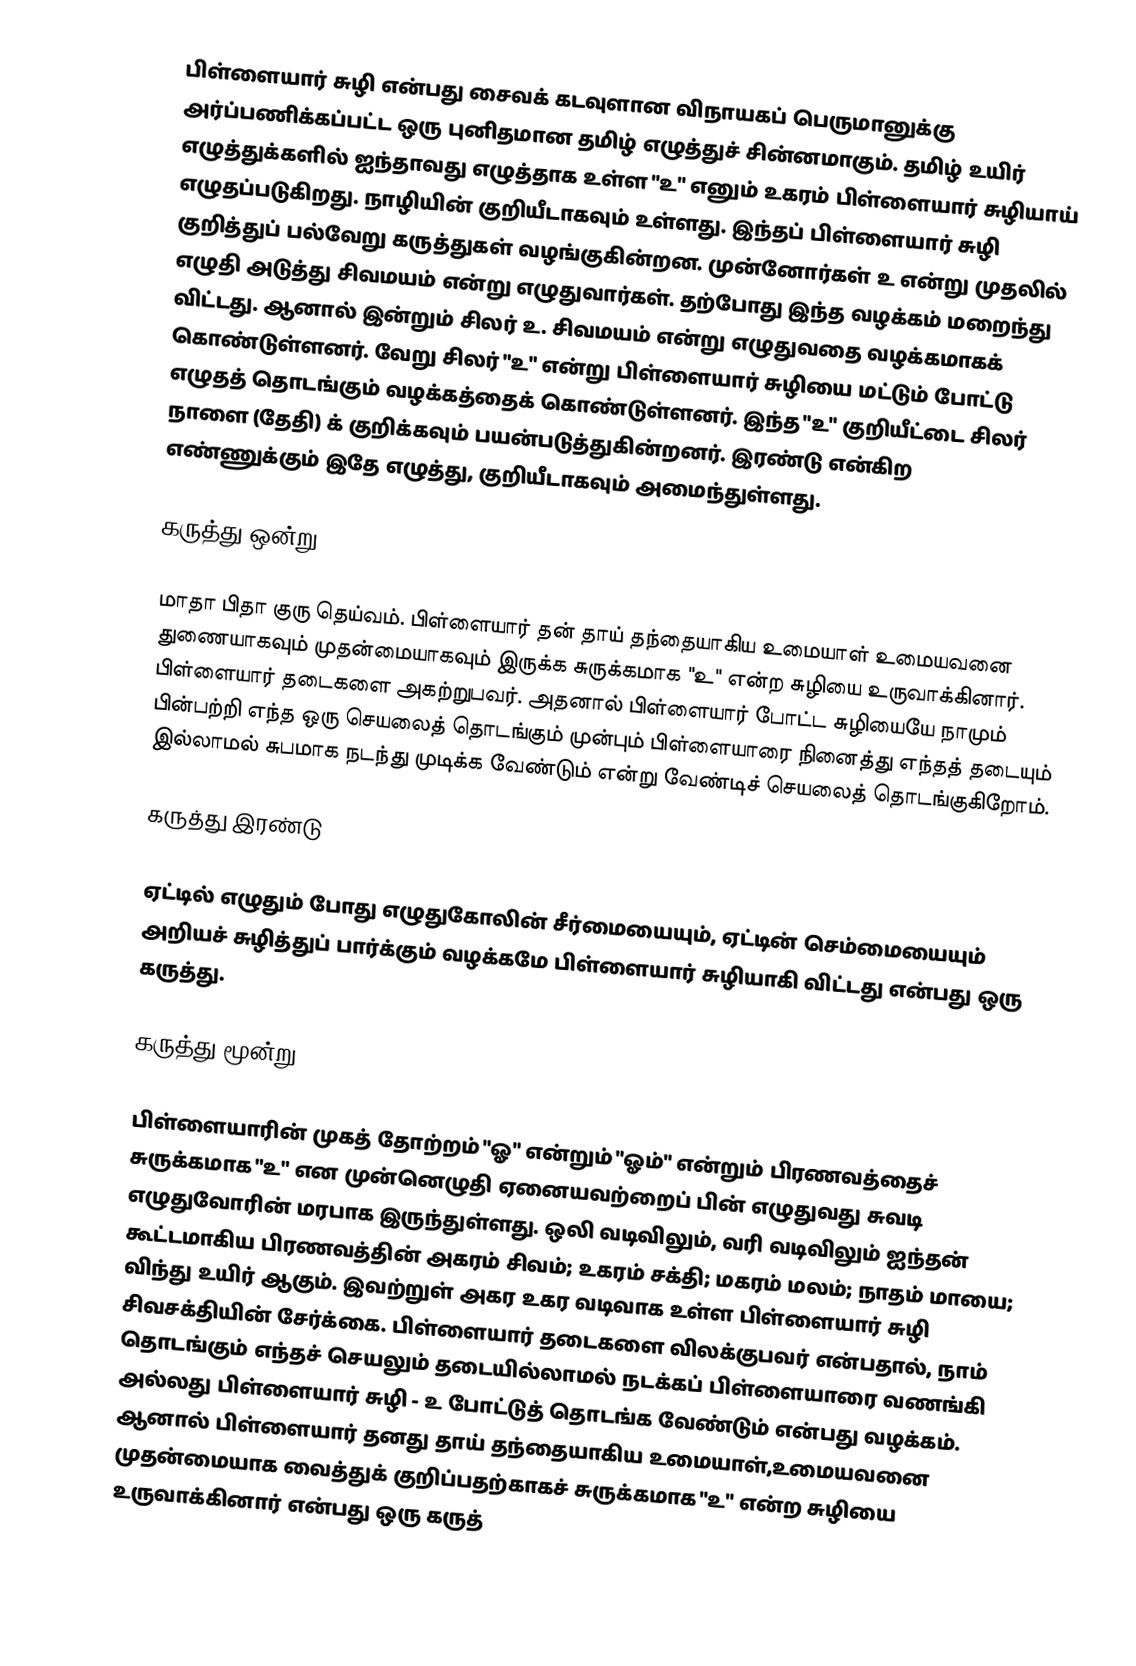
பிள்ளையார் சுழி என்பது சைவக் கடவுளான விநாயகப் பெருமானுக்கு அர்ப்பணிக்கப்பட்ட ஒரு புனிதமான தமிழ் எழுத்துச் சின்னமாகும். தமிழ் உயிர் எழுத்துக்களில் ஐந்தாவது எழுத்தாக உள்ள "உ" எனும் உகரம் பிள்ளையார் சுழியாய் எழுதப்படுகிறது. நாழியின் குறியீடாகவும் உள்ளது. இந்தப் பிள்ளையார் சுழி குறித்துப் பல்வேறு கருத்துகள் வழங்குகின்றன. முன்னோர்கள் உ என்று முதலில் எழுதி அடுத்து சிவமயம் என்று எழுதுவார்கள். தற்போது இந்த வழக்கம் மறைந்து விட்டது. ஆனால் இன்றும் சிலர் உ. சிவமயம் என்று எழுதுவதை வழக்கமாகக் கொண்டுள்ளனர். வேறு சிலர் "உ" என்று பிள்ளையார் சுழியை மட்டும் போட்டு எழுதத் தொடங்கும் வழக்கத்தைக் கொண்டுள்ளனர். இந்த "உ" குறியீட்டை சிலர் நாளை (தேதி) க் குறிக்கவும் பயன்படுத்துகின்றனர். இரண்டு என்கிற எண்ணுக்கும் இதே எழுத்து, குறியீடாகவும் அமைந்துள்ளது.

கருத்து ஒன்று

மாதா பிதா குரு தெய்வம். பிள்ளையார் தன் தாய் தந்தையாகிய உமையாள் உமையவனை துணையாகவும் முதன்மையாகவும் இருக்க சுருக்கமாக "உ" என்ற சுழியை உருவாக்கினார். பிள்ளையார் தடைகளை அகற்றுபவர். அதனால் பிள்ளையார் போட்ட சுழியையே நாமும் பின்பற்றி எந்த ஒரு செயலைத் தொடங்கும் முன்பும் பிள்ளையாரை நினைத்து எந்தத் தடையும் இல்லாமல் சுபமாக நடந்து முடிக்க வேண்டும் என்று வேண்டிச் செயலைத் தொடங்குகிறோம்.

கருத்து இரண்டு

ஏட்டில் எழுதும் போது எழுதுகோலின் சீர்மையையும், ஏட்டின் செம்மையையும் அறியச் சுழித்துப் பார்க்கும் வழக்கமே பிள்ளையார் சுழியாகி விட்டது என்பது ஒரு கருத்து.

கருத்து மூன்று

பிள்ளையாரின் முகத் தோற்றம் "ஓ" என்றும் "ஓம்" என்றும் பிரணவத்தைச் சுருக்கமாக "உ" என முன்னெழுதி ஏனையவற்றைப் பின் எழுதுவது சுவடி எழுதுவோரின் மரபாக இருந்துள்ளது. ஒலி வடிவிலும், வரி வடிவிலும் ஐந்தன் கூட்டமாகிய பிரணவத்தின் அகரம் சிவம்; உகரம் சக்தி; மகரம் மலம்; நாதம் மாயை; விந்து உயிர் ஆகும். இவற்றுள் அகர உகர வடிவாக உள்ள பிள்ளையார் சுழி சிவசக்தியின் சேர்க்கை. பிள்ளையார் தடைகளை விலக்குபவர் என்பதால், நாம் தொடங்கும் எந்தச் செயலும் தடையில்லாமல் நடக்கப் பிள்ளையாரை வணங்கி அல்லது பிள்ளையார் சுழி - உ போட்டுத் தொடங்க வேண்டும் என்பது வழக்கம். ஆனால் பிள்ளையார் தனது தாய் தந்தையாகிய உமையாள்,உமையவனை முதன்மையாக வைத்துக் குறிப்பதற்காகச் சுருக்கமாக "உ" என்ற சுழியை உருவாக்கினார் என்பது ஒரு கருத்